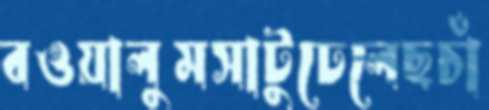
বওয়ালুমসাটুঢেলেছচাঁ